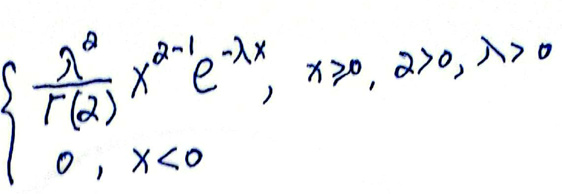
\[
\begin{cases}
\frac{\lambda^{\alpha}}{\Gamma(\alpha)}x^{\alpha - 1}e^{-\lambda x}, & x\geq0, \alpha>0, \lambda>0 \\
0, & x<0
\end{cases}
\]